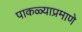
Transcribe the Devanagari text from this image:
पाकळ्याप्रमाणे